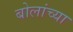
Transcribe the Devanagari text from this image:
बोलांच्या